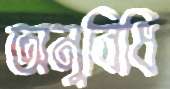
অনুবিধি